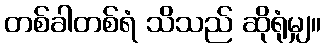
တစ်ခါတစ်ရံ သိသည် ဆိုရုံမျှ။